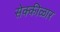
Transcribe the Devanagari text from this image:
सेक्कीळार